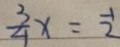
\frac { 3 } { 4 } x = \frac { 1 } { 2 }